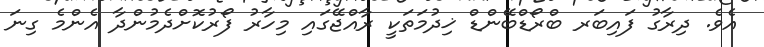
އެވެ. ދިރާގު ފައިބަރ ބްރޯޑްބޭންޑް ޚިދުމަތަކީ ރާއްޖޭގައި މިހާރު ފޯރުކޮށްދެމުންދާ އެންމެ ގިނަ